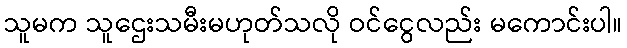
သူမက သူဌေးသမီးမဟုတ်သလို ဝင်ငွေလည်း မကောင်းပါ။